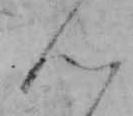
ん